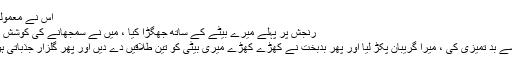
اس نے معمولی سی
رنجش پر پہلے میرے بیٹے کے ساتھ جھگڑا کیا ، میں نے سمجھانے کی کوشش کی تو
مجھ سے بد تمیزی کی ، میرا گریبان پکڑ لیا اور پھر بدبخت نے کھڑے کھڑے میری بیٹی کو تین طلاقیں دے دیں اور پھر گلزار جذباتی ہو گیا ۔